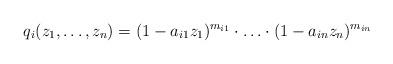
LaTeX: \begin{align*}q_i(z_1, \ldots, z_n)=(1-a_{i1}z_1)^{m_{i1}}\cdot \ldots \cdot (1-a_{in}z_n)^{m_{in}}\end{align*}